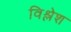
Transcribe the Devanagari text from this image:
विश्लेश